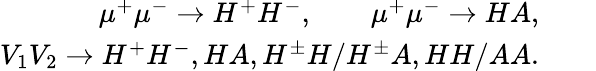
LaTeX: \begin{array}{rlr}{\mu^{+}\mu^{-}\to H^{+}H^{-},\qquad\mu^{+}\mu^{-}\to HA,}&{{}}&{}\\ {V_{1}V_{2}\to H^{+}H^{-},HA,H^{\pm}H/H^{\pm}A,HH/AA.}&{{}}&{}\end{array}